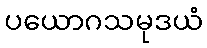
ပယောဂသမုဒယံ